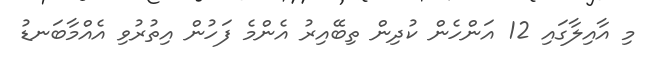
މި އާއިލާގައި 12 އަންހެން ކުދިން ތިބޭއިރު އެންމެ ފަހުން އިތުރުވި އެއްމާބަނޑު